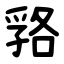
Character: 嗠